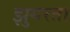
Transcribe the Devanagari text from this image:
झुगरता